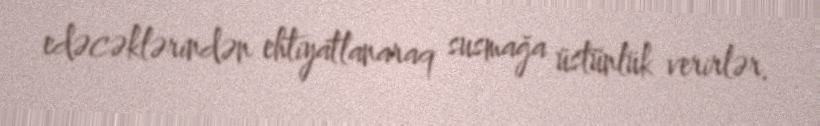
edəcəklərindən ehtiyatlanaraq susmağa üstünlük verirlər.